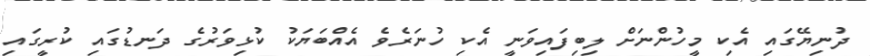
ދުނިޔޭގައި އެކި މީހުންނަށް ލިބިފައިވަނީ އެކި ހުނަރެވެ އެއްބަޔަކު ކުޅިވަރުގެ ދަނޑުގައި ކުރީގައި